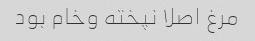
مرغ اصلا نپخته وخام بود